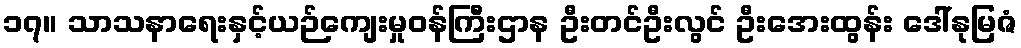
၁၇။ သာသနာရေးနှင့်ယဉ်ကျေးမှုဝန်ကြီးဌာန ဦးတင်ဦးလွင် ဦးအေးထွန်း ဒေါ်နုမြဇံ